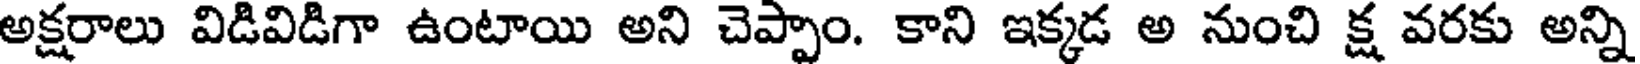
అక్షరాలు విడివిడిగా ఉంటాయి అని చెప్పాం. కాని ఇక్కడ అ నుంచి క్ష వరకు అన్ని